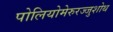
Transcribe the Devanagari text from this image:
पोलियोमेरुरज्जुशोथ